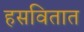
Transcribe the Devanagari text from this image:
हसवितात